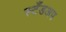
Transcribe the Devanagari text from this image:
स्टँडअप